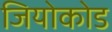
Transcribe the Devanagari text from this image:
जियोकोड